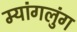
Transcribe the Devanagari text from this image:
म्यांगलुंग